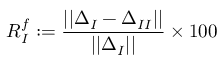
R _ { I } ^ { f } : = \frac { | | \Delta _ { I } - \Delta _ { I I } | | } { | | \Delta _ { I } | | } \times 1 0 0 \